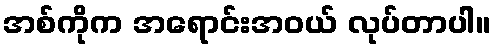
အစ်ကိုက အရောင်းအဝယ် လုပ်တာပါ။